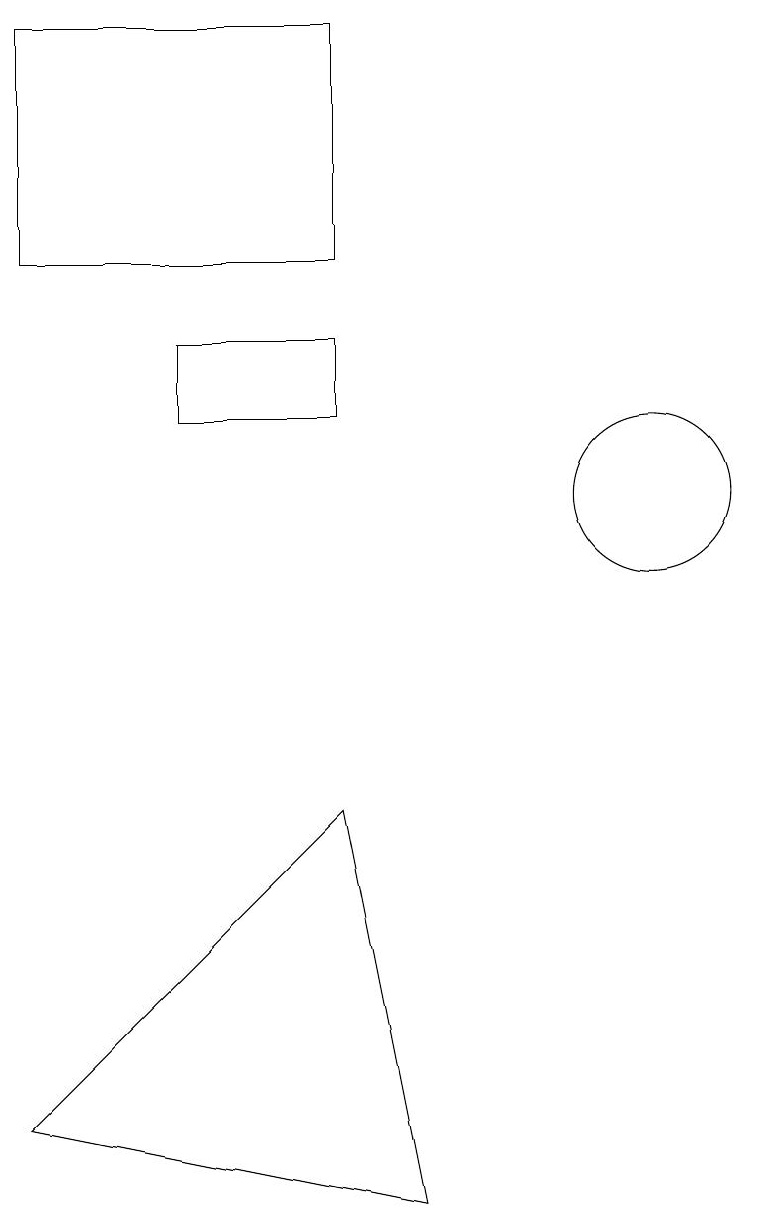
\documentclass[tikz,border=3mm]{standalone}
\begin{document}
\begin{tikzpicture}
\draw (4,12) rectangle (6,11);
\draw (10,10) circle (1);
\draw (2,16) rectangle (6,13);
\draw (7,1) -- (6,6) -- (2,2) -- cycle;
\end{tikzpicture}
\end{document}